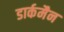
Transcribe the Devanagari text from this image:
डार्कमैन